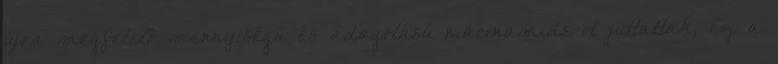
újra megfelelő mennyiségű és adagolású niacinamide-ot juttattak, ez a